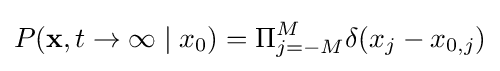
P(\mathbf {x} ,t\rightarrow \infty \mid x_{0})=\Pi _{j=-M}^{M}\delta (x_{j}-x_{0,j})